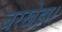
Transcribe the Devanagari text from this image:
बरखेड़ा।